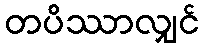
တပိဿာလျှင်